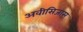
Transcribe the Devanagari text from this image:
अवीसिजास